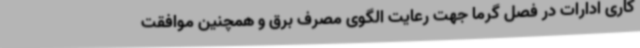
کاری ادارات در فصل گرما جهت رعایت الگوی مصرف برق و همچنین موافقت